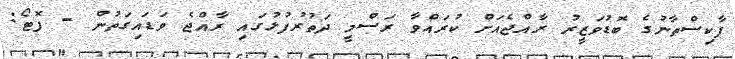
ޕާކިސްތާނުގެ ބޮޑުވަޒީރު ރާއްޖެއަށް ކުރައްވާ ރަސްމީ ދަތުރުފުޅުގައި ރާއްޖެ ވަޑައިގަތުން - ފޮޓޯ: